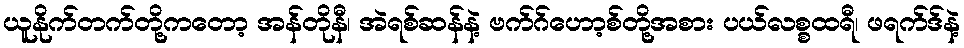
ယူနိုက်တက်တို့ကတော့ အန်တိုနီ၊ အဲရစ်ဆန်နဲ့ ဗက်ဂ်ဟော့စ်တို့အစား ပယ်လစ္စထရီ၊ ဖရက်ဒ်နဲ့